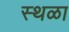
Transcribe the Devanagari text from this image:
स्थळा